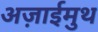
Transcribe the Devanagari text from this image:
अज़ाईमुथ